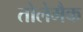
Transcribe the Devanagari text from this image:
तोलेमैक